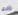
لأخرى